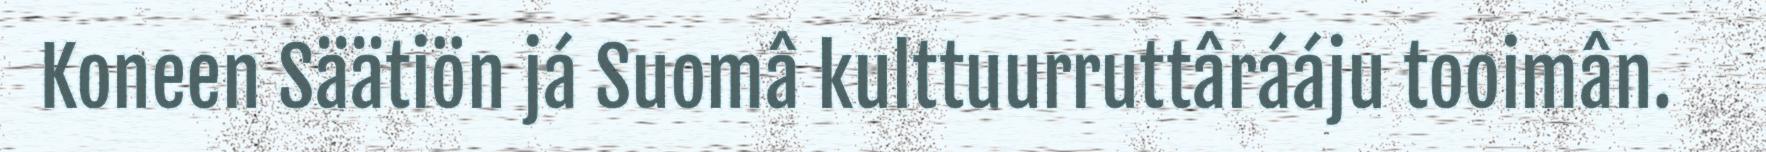
Koneen Säätiön já Suomâ kulttuurruttârááju tooimân.